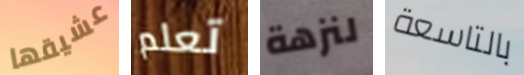
عشيقها تعلم لنزهة بالتاسعة